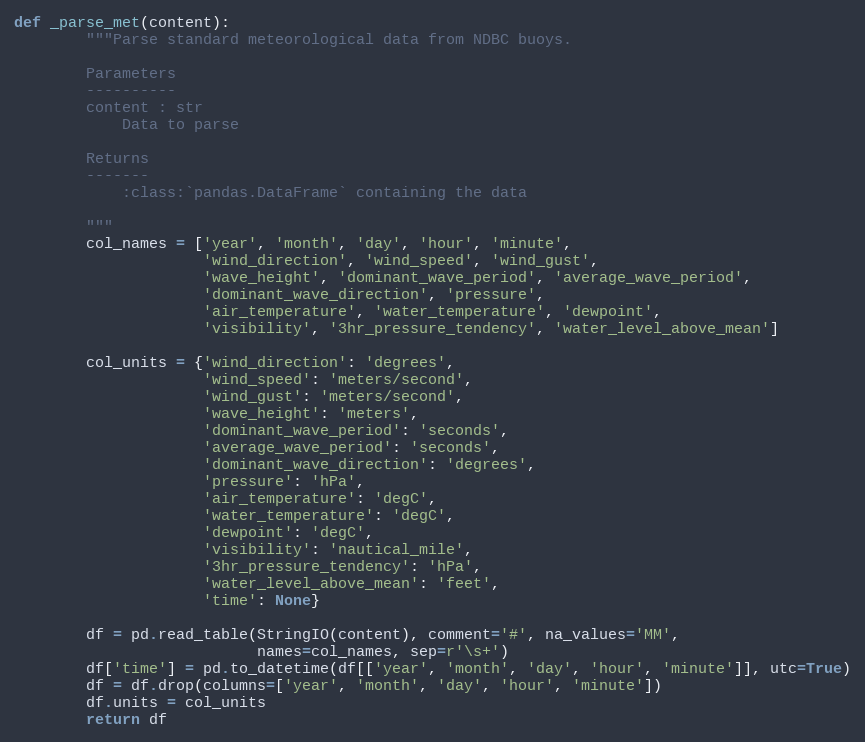
Language: Python
def _parse_met(content):
        """Parse standard meteorological data from NDBC buoys.

        Parameters
        ----------
        content : str
            Data to parse

        Returns
        -------
            :class:`pandas.DataFrame` containing the data

        """
        col_names = ['year', 'month', 'day', 'hour', 'minute',
                     'wind_direction', 'wind_speed', 'wind_gust',
                     'wave_height', 'dominant_wave_period', 'average_wave_period',
                     'dominant_wave_direction', 'pressure',
                     'air_temperature', 'water_temperature', 'dewpoint',
                     'visibility', '3hr_pressure_tendency', 'water_level_above_mean']

        col_units = {'wind_direction': 'degrees',
                     'wind_speed': 'meters/second',
                     'wind_gust': 'meters/second',
                     'wave_height': 'meters',
                     'dominant_wave_period': 'seconds',
                     'average_wave_period': 'seconds',
                     'dominant_wave_direction': 'degrees',
                     'pressure': 'hPa',
                     'air_temperature': 'degC',
                     'water_temperature': 'degC',
                     'dewpoint': 'degC',
                     'visibility': 'nautical_mile',
                     '3hr_pressure_tendency': 'hPa',
                     'water_level_above_mean': 'feet',
                     'time': None}

        df = pd.read_table(StringIO(content), comment='#', na_values='MM',
                           names=col_names, sep=r'\s+')
        df['time'] = pd.to_datetime(df[['year', 'month', 'day', 'hour', 'minute']], utc=True)
        df = df.drop(columns=['year', 'month', 'day', 'hour', 'minute'])
        df.units = col_units
        return df